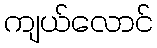
ကျယ်လောင်